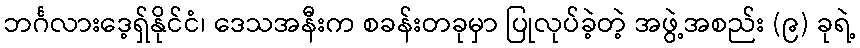
ဘင်္ဂလားဒေ့ရှ်နိုင်ငံ၊ ဒေသအနီးက စခန်းတခုမှာ ပြုလုပ်ခဲ့တဲ့ အဖွဲ့အစည်း (၉) ခုရဲ့